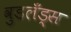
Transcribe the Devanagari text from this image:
वुडलँड्स